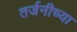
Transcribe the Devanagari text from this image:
तर्जनीच्या